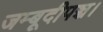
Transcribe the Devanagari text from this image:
जम्बूदीपञ्च।